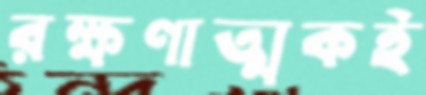
রক্ষণাত্মকই